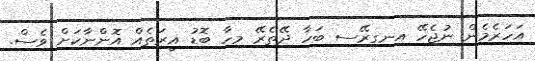
އަހަރެމެން ނުޖެހޭ އިނގިރޭސި ބަހާ ދޭތެރޭ މިހާ ބޮޑު ޣީރަތެއް އޮންނާކަށް ވެސް.